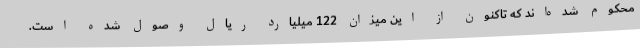
محکوم شده‌اند که تاکنون از این میزان 122 میلیارد ریال وصول شده ‌است.